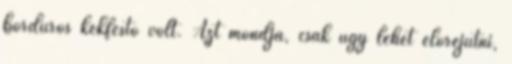
bordûrös kékfestô volt. Azt mondja, csak úgy lehet elôrejutni,